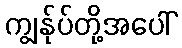
ကျွန်ုပ်တို့အပေါ်